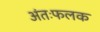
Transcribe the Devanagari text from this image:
अंतःफलक